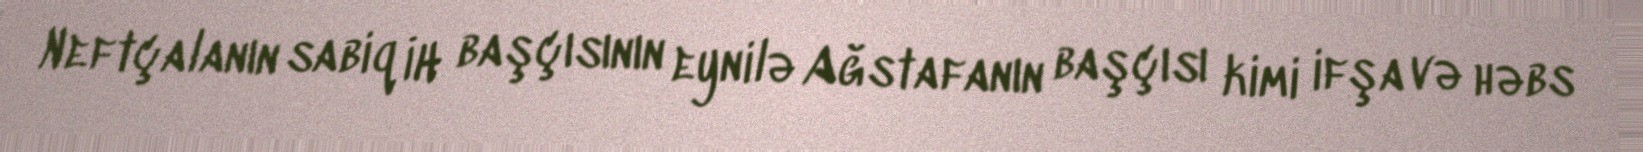
Neftçalanın sabiq İH başçısının eynilə Ağstafanın başçısı kimi ifşa və həbs